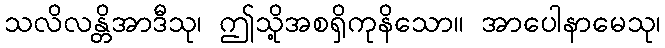
သလိလန္တိအာဒီသု၊ ဤသို့အစရှိကုနိသော။ အာပေါနာမေသု၊